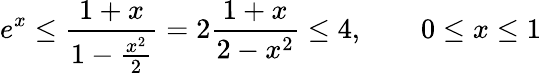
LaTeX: e^{x}\leq{\frac{1+x}{1-{\frac{x^{2}}{2}}}}=2{\frac{1+x}{2-x^{2}}}\leq 4,\qquad 0\leq x\leq 1